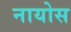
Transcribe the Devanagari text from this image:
नायोस